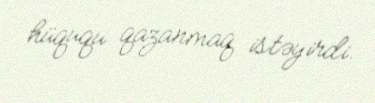
hüququ qazanmaq istəyirdi.